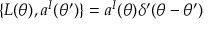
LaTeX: \{ L ( \theta ) , a ^ { I } ( \theta ^ { \prime } ) \} = a ^ { I } ( \theta ) \delta ^ { \prime } ( \theta - \theta ^ { \prime } )